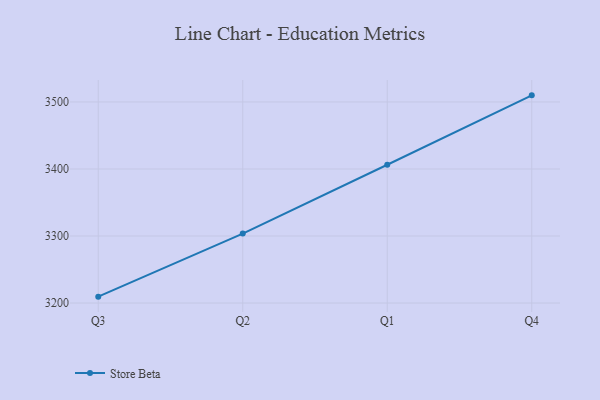
{"axis": {"x": "Quarter", "y": "Customer Acquisition Cost (USD)"}, "legend": ["Store Beta"], "data": [{"x": "Q3", "y": 3209.5, "type": "Store Beta"}, {"x": "Q2", "y": 3303.6, "type": "Store Beta"}, {"x": "Q1", "y": 3406.3, "type": "Store Beta"}, {"x": "Q4", "y": 3509.9, "type": "Store Beta"}]}